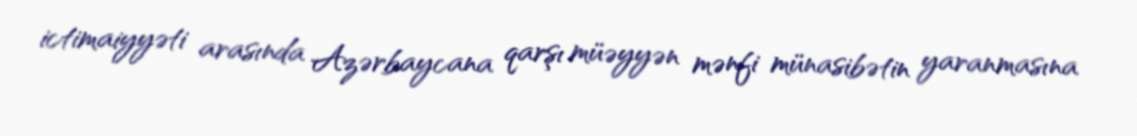
ictimaiyyəti arasında Azərbaycana qarşı müəyyən mənfi münasibətin yaranmasına